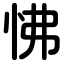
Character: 怫